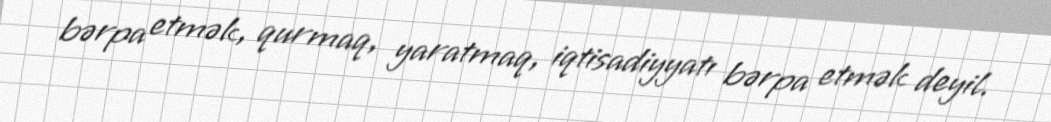
bərpa etmək, qurmaq, yaratmaq, iqtisadiyyatı bərpa etmək deyil.